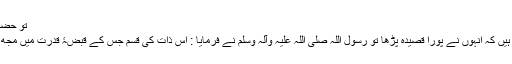
تو حضرت کعب نے کہا :
’’راوی بیان کرتے ہیں کہ انہوں نے پورا قصیدہ پڑھا تو رسول اللہ صلی اللہ علیہ وآلہ وسلم نے فرمایا : اس ذات کی قسم جس کے قبضۂ قدرت میں مجھ محمد کی جان ہے!